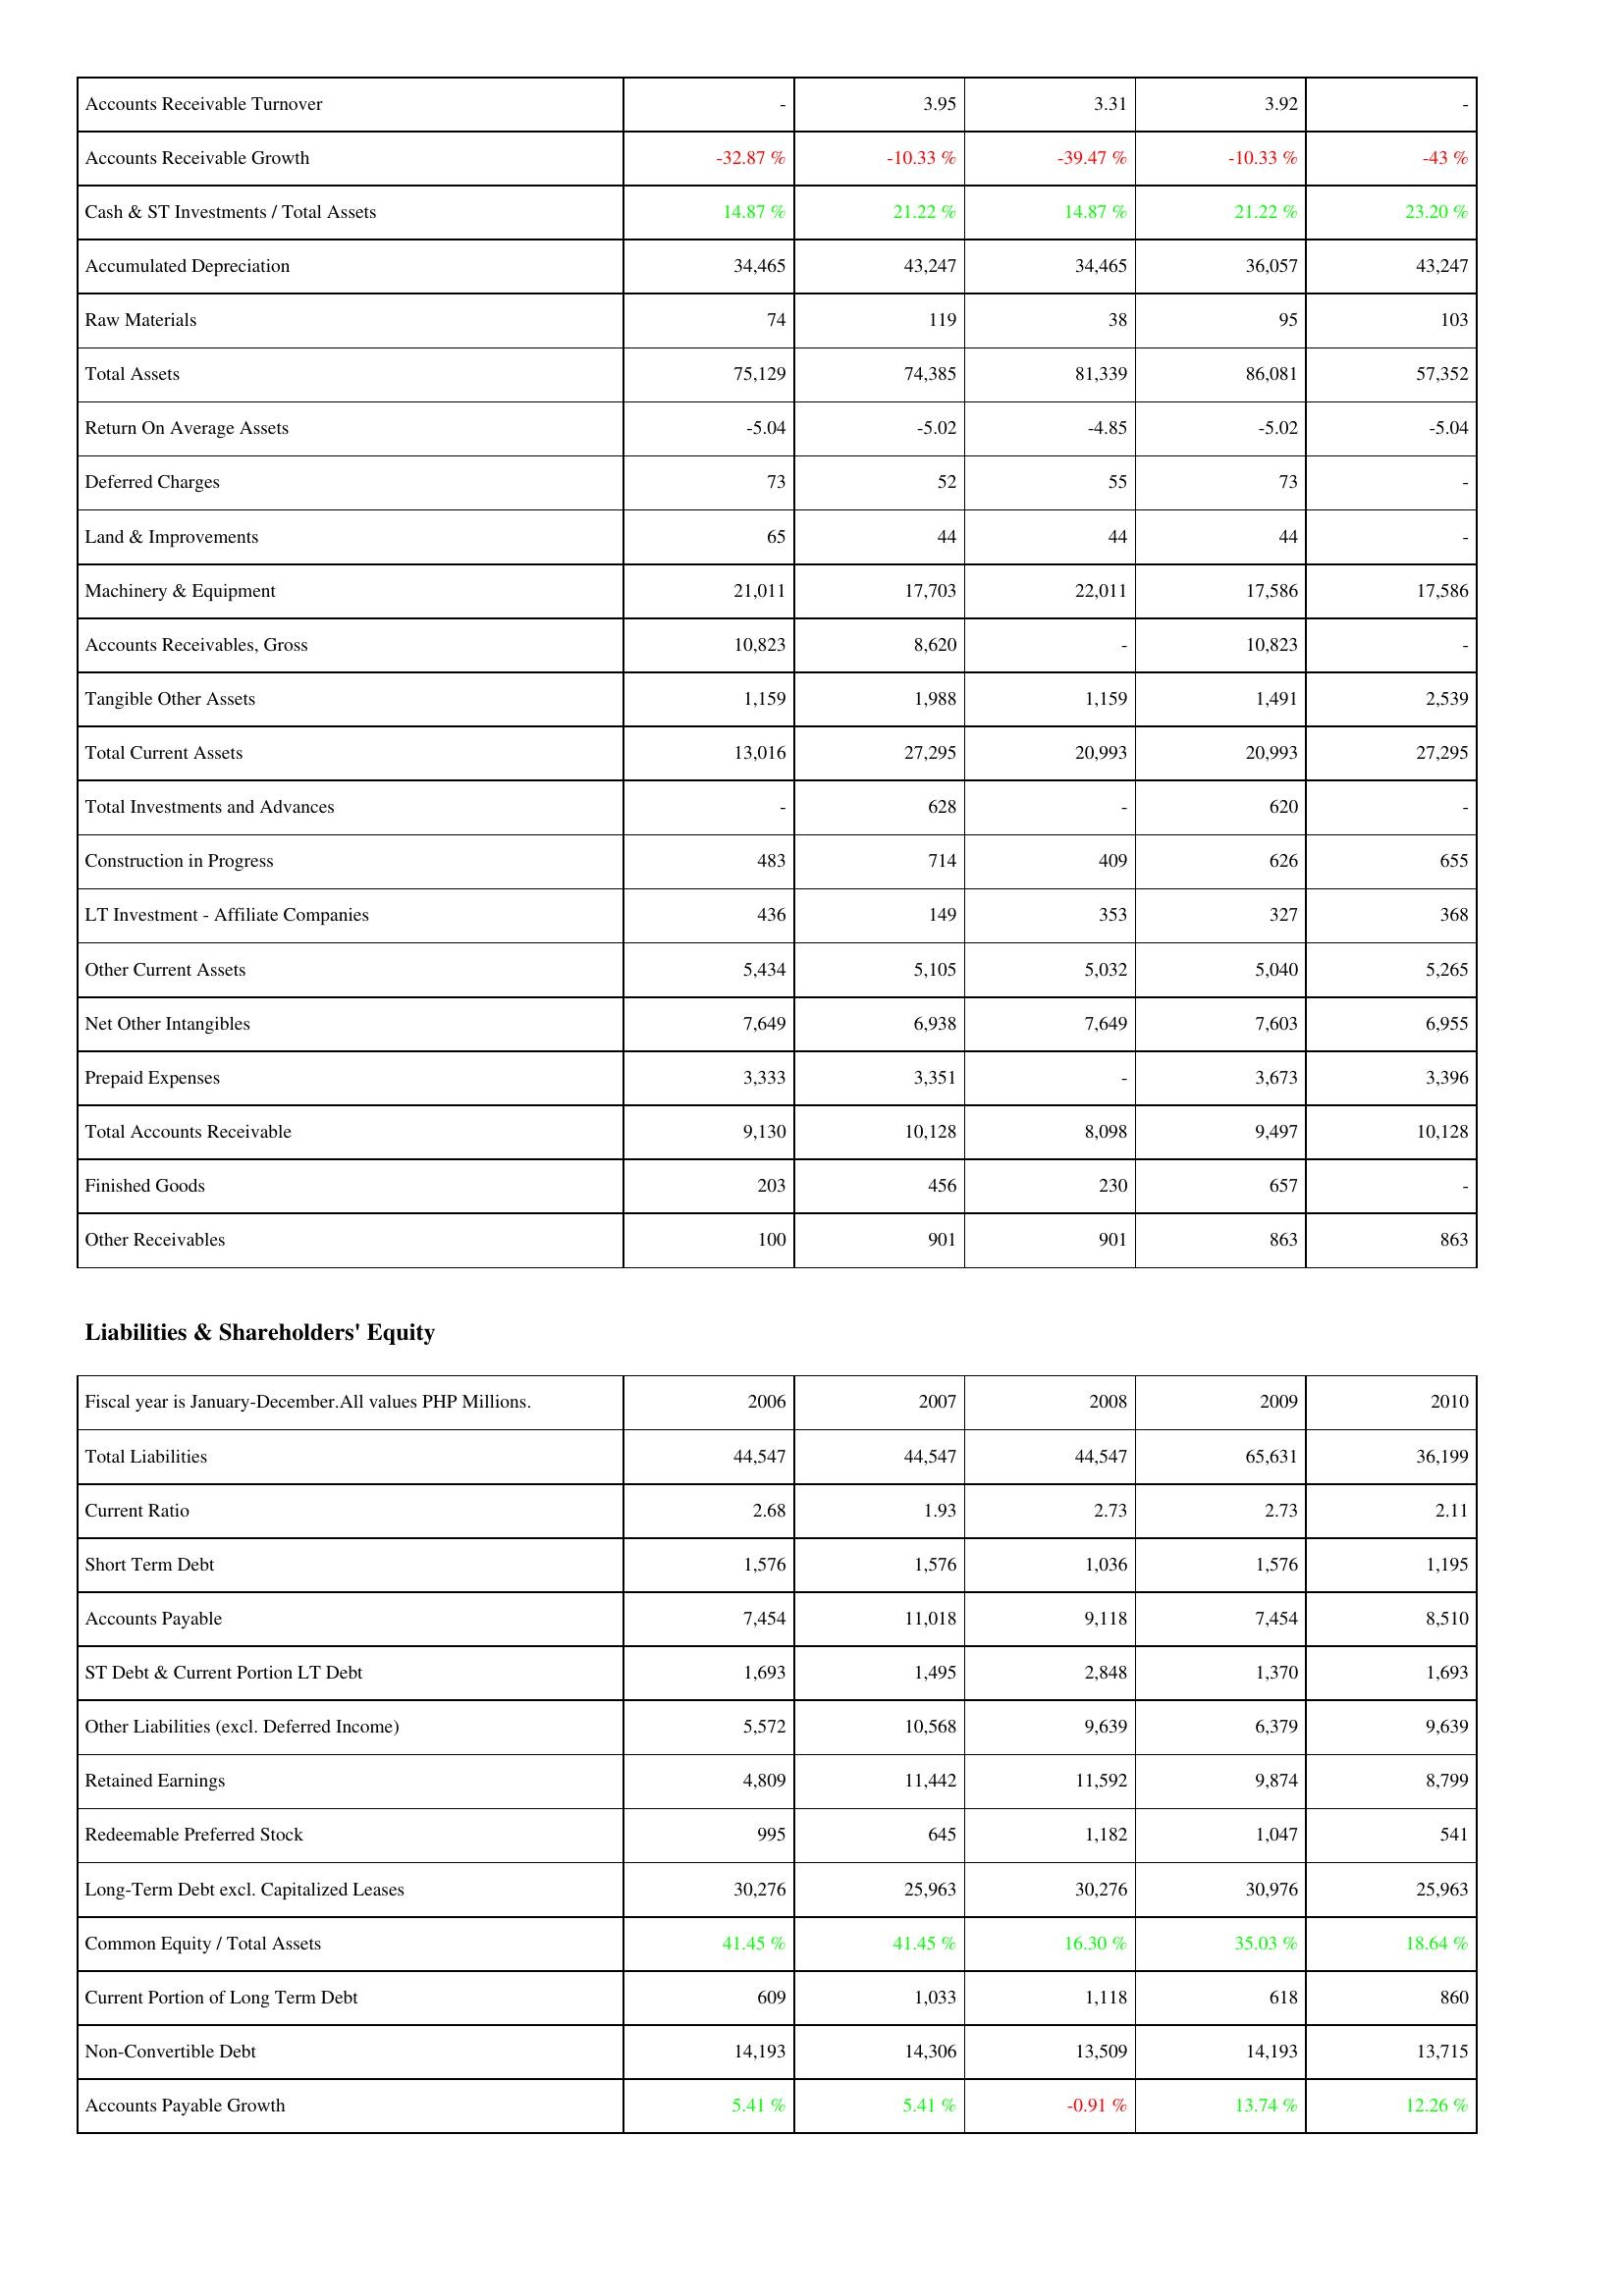
2006: Assets: Accounts Receivable Turnover: -
Accounts Receivable Growth: -32.87 %
Cash & ST Investments / Total Assets: 14.87 %
Accumulated Depreciation: 34,465
Raw Materials: 74
Total Assets: 75,129
Return On Average Assets: -5.04
Deferred Charges: 73
Land & Improvements: 65
Machinery & Equipment: 21,011
Accounts Receivables, Gross: 10,823
Tangible Other Assets: 1,159
Total Current Assets: 13,016
Total Investments and Advances: -
Construction in Progress: 483
LT Investment - Affiliate Companies: 436
Other Current Assets: 5,434
Net Other Intangibles: 7,649
Prepaid Expenses: 3,333
Total Accounts Receivable: 9,130
Finished Goods: 203
Other Receivables: 100
Liabilities & Shareholders' Equity: Total Liabilities: 44,547
Current Ratio: 2.68
Short Term Debt: 1,576
Accounts Payable: 7,454
ST Debt & Current Portion LT Debt: 1,693
Other Liabilities (excl. Deferred Income): 5,572
Retained Earnings: 4,809
Redeemable Preferred Stock: 995
Long-Term Debt excl. Capitalized Leases: 30,276
Common Equity / Total Assets: 41.45 %
Current Portion of Long Term Debt: 609
Non-Convertible Debt: 14,193
Accounts Payable Growth: 5.41 %
2007: Assets: Accounts Receivable Turnover: 3.95
Accounts Receivable Growth: -10.33 %
Cash & ST Investments / Total Assets: 21.22 %
Accumulated Depreciation: 43,247
Raw Materials: 119
Total Assets: 74,385
Return On Average Assets: -5.02
Deferred Charges: 52
Land & Improvements: 44
Machinery & Equipment: 17,703
Accounts Receivables, Gross: 8,620
Tangible Other Assets: 1,988
Total Current Assets: 27,295
Total Investments and Advances: 628
Construction in Progress: 714
LT Investment - Affiliate Companies: 149
Other Current Assets: 5,105
Net Other Intangibles: 6,938
Prepaid Expenses: 3,351
Total Accounts Receivable: 10,128
Finished Goods: 456
Other Receivables: 901
Liabilities & Shareholders' Equity: Total Liabilities: 44,547
Current Ratio: 1.93
Short Term Debt: 1,576
Accounts Payable: 11,018
ST Debt & Current Portion LT Debt: 1,495
Other Liabilities (excl. Deferred Income): 10,568
Retained Earnings: 11,442
Redeemable Preferred Stock: 645
Long-Term Debt excl. Capitalized Leases: 25,963
Common Equity / Total Assets: 41.45 %
Current Portion of Long Term Debt: 1,033
Non-Convertible Debt: 14,306
Accounts Payable Growth: 5.41 %
2008: Assets: Accounts Receivable Turnover: 3.31
Accounts Receivable Growth: -39.47 %
Cash & ST Investments / Total Assets: 14.87 %
Accumulated Depreciation: 34,465
Raw Materials: 38
Total Assets: 81,339
Return On Average Assets: -4.85
Deferred Charges: 55
Land & Improvements: 44
Machinery & Equipment: 22,011
Accounts Receivables, Gross: -
Tangible Other Assets: 1,159
Total Current Assets: 20,993
Total Investments and Advances: -
Construction in Progress: 409
LT Investment - Affiliate Companies: 353
Other Current Assets: 5,032
Net Other Intangibles: 7,649
Prepaid Expenses: -
Total Accounts Receivable: 8,098
Finished Goods: 230
Other Receivables: 901
Liabilities & Shareholders' Equity: Total Liabilities: 44,547
Current Ratio: 2.73
Short Term Debt: 1,036
Accounts Payable: 9,118
ST Debt & Current Portion LT Debt: 2,848
Other Liabilities (excl. Deferred Income): 9,639
Retained Earnings: 11,592
Redeemable Preferred Stock: 1,182
Long-Term Debt excl. Capitalized Leases: 30,276
Common Equity / Total Assets: 16.30 %
Current Portion of Long Term Debt: 1,118
Non-Convertible Debt: 13,509
Accounts Payable Growth: -0.91 %
2009: Assets: Accounts Receivable Turnover: 3.92
Accounts Receivable Growth: -10.33 %
Cash & ST Investments / Total Assets: 21.22 %
Accumulated Depreciation: 36,057
Raw Materials: 95
Total Assets: 86,081
Return On Average Assets: -5.02
Deferred Charges: 73
Land & Improvements: 44
Machinery & Equipment: 17,586
Accounts Receivables, Gross: 10,823
Tangible Other Assets: 1,491
Total Current Assets: 20,993
Total Investments and Advances: 620
Construction in Progress: 626
LT Investment - Affiliate Companies: 327
Other Current Assets: 5,040
Net Other Intangibles: 7,603
Prepaid Expenses: 3,673
Total Accounts Receivable: 9,497
Finished Goods: 657
Other Receivables: 863
Liabilities & Shareholders' Equity: Total Liabilities: 65,631
Current Ratio: 2.73
Short Term Debt: 1,576
Accounts Payable: 7,454
ST Debt & Current Portion LT Debt: 1,370
Other Liabilities (excl. Deferred Income): 6,379
Retained Earnings: 9,874
Redeemable Preferred Stock: 1,047
Long-Term Debt excl. Capitalized Leases: 30,976
Common Equity / Total Assets: 35.03 %
Current Portion of Long Term Debt: 618
Non-Convertible Debt: 14,193
Accounts Payable Growth: 13.74 %
2010: Assets: Accounts Receivable Turnover: -
Accounts Receivable Growth: -43 %
Cash & ST Investments / Total Assets: 23.20 %
Accumulated Depreciation: 43,247
Raw Materials: 103
Total Assets: 57,352
Return On Average Assets: -5.04
Deferred Charges: -
Land & Improvements: -
Machinery & Equipment: 17,586
Accounts Receivables, Gross: -
Tangible Other Assets: 2,539
Total Current Assets: 27,295
Total Investments and Advances: -
Construction in Progress: 655
LT Investment - Affiliate Companies: 368
Other Current Assets: 5,265
Net Other Intangibles: 6,955
Prepaid Expenses: 3,396
Total Accounts Receivable: 10,128
Finished Goods: -
Other Receivables: 863
Liabilities & Shareholders' Equity: Total Liabilities: 36,199
Current Ratio: 2.11
Short Term Debt: 1,195
Accounts Payable: 8,510
ST Debt & Current Portion LT Debt: 1,693
Other Liabilities (excl. Deferred Income): 9,639
Retained Earnings: 8,799
Redeemable Preferred Stock: 541
Long-Term Debt excl. Capitalized Leases: 25,963
Common Equity / Total Assets: 18.64 %
Current Portion of Long Term Debt: 860
Non-Convertible Debt: 13,715
Accounts Payable Growth: 12.26 %